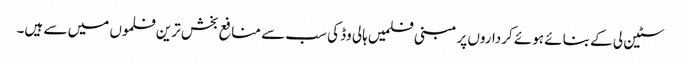
سٹین لی کے بنائے ہوئے کرداروں پر مبنی فلمیں ہالی وڈ کی سب سے منافع بخش ترین فلموں میں سے ہیں۔